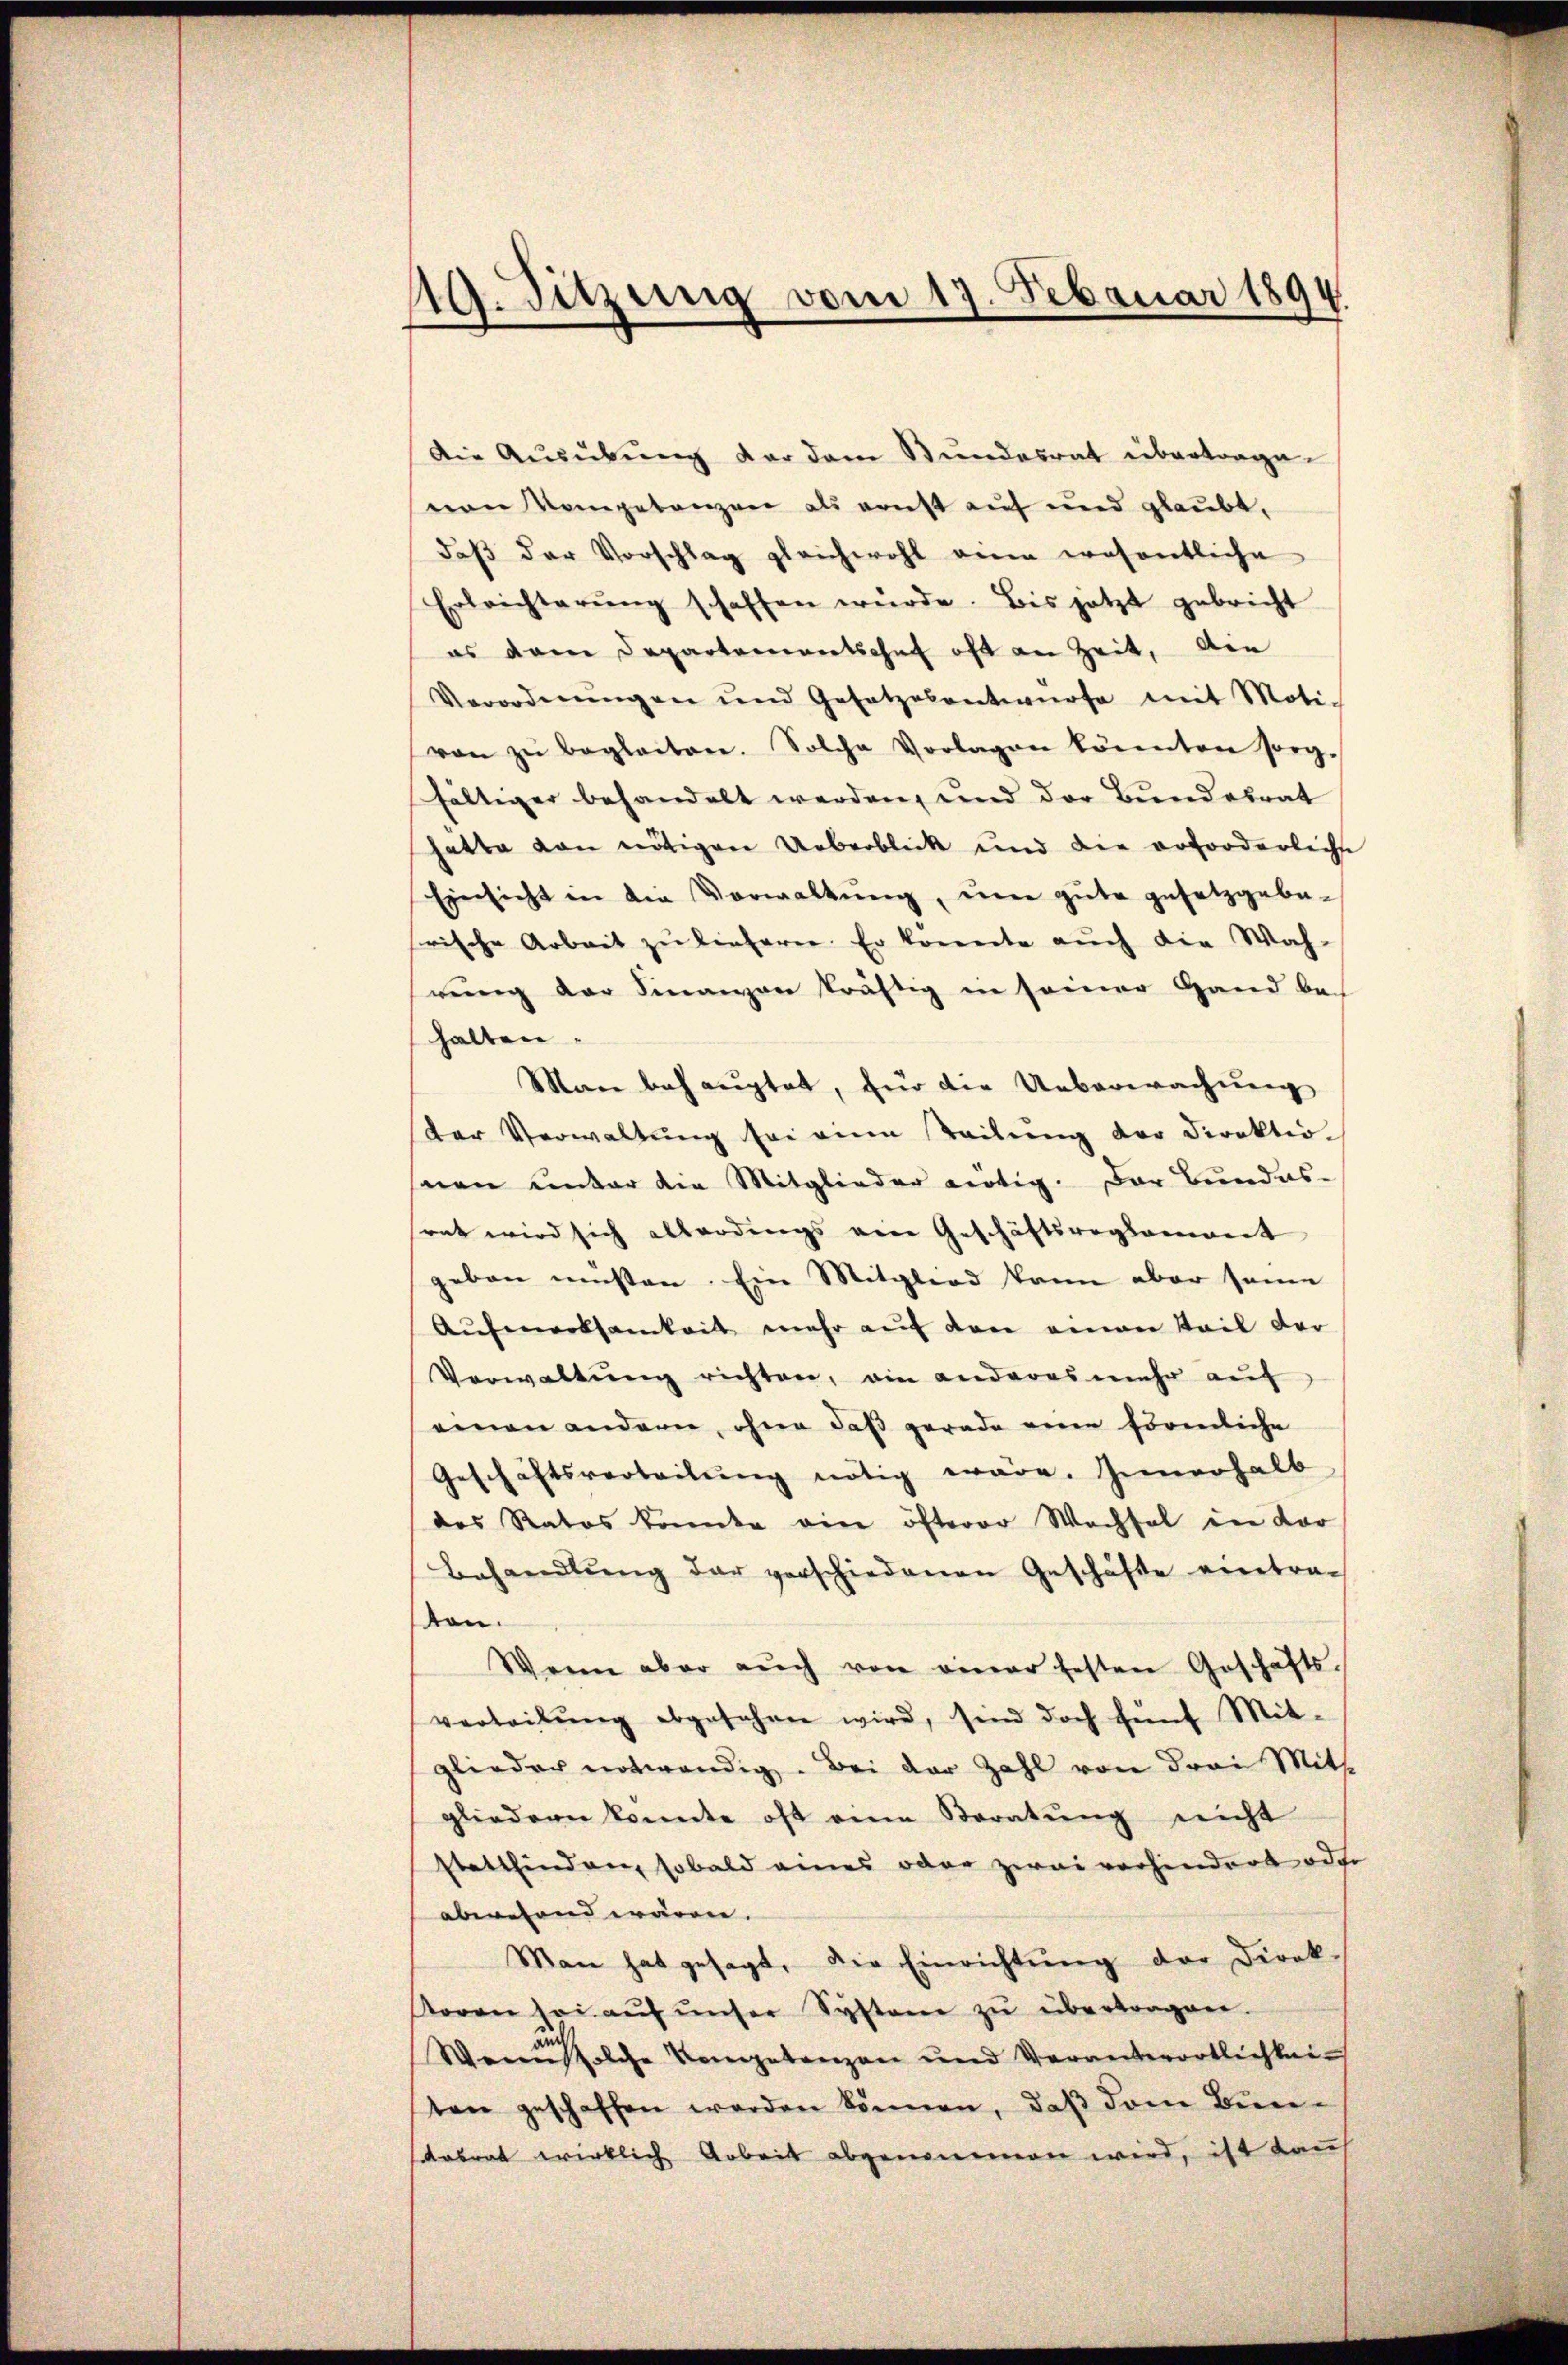
119. Sitzung vom 17. Februar 1894.

Die Ausübung der dem Bundesrat übertrage.
von Kompetanzen als ernst auf und glaubt,
daβ der Vorschlag gleichwohl eine wesentliche
Erleichterŭng schaffen würde. Bis jetzt gebricht
es dem Departementschaf oft an Zeit, die
Verordnungen und Gesetzesentwürfe mit Moti-
von zŭ begleiten. Solche Vorlagen könnten sorg-
fältiger behandelt werden, und der Bundesrat
hatte von nötigen Ueberblick und die erforderliche
Einsicht in die Vorwaltŭng, eine gute gesetzgebe-
rische Arbeit zŭ liefern. Er konnte aŭch die Wah-
rŭng der Sinanzen kräftig in seiner Hand be-
halten.
Man behauptet, für die Ueberwachung
der Verwaltŭng sei eine Teilŭng der Direktio
von unter die Mitglieder nötig. Der Bundes-
rat wird sich allerdings ein Geschäftsreglement
geben müsten. Ein Mitglied kann aber seine
Aŭfmerksamkeit mehr auf den einen Teil der
Verwaltŭng richten, ain anderes mehr aŭf
einen andern, ohne daß gerade eine förmliche
Geschäftsverteilŭng nötig wäre. Innerhalb
des Ratos konnte eine öfterer Wachsel in dar
Behandlŭng der verschiedenen Geschäfte eintra-
ton.
Wenn aber aŭch von einer festen Geschäfts-
verteilŭng abgesehen wird, sind doch fünf Mit-
glieder notwendig. Bei der Zahl von drei Mitt
gliedern konnte oft eine Storatŭng nicht
stattfinden, sobald eines oder zwei vorhindert oder
abwesend wären.
Man hat gesagt, die Einrichtŭng der Direktoren sei aŭf ŭnser Systeme zŭ übertragen.
Wenn solche Vergebenzen und Veranterortlichkeiten geschaffen werden können, daβ dem Bunasrat wirklich Arbeit abgenommen wird, ist kauf